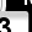
Digit: 3